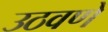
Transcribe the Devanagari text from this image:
उठवणें